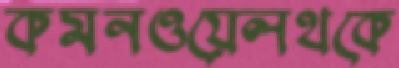
কমনওয়েলথকে